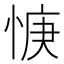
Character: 𫺝